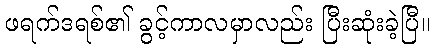
ဖရက်ဒရစ်၏ ခွင့်ကာလမှာလည်း ပြီးဆုံးခဲ့ပြီ။